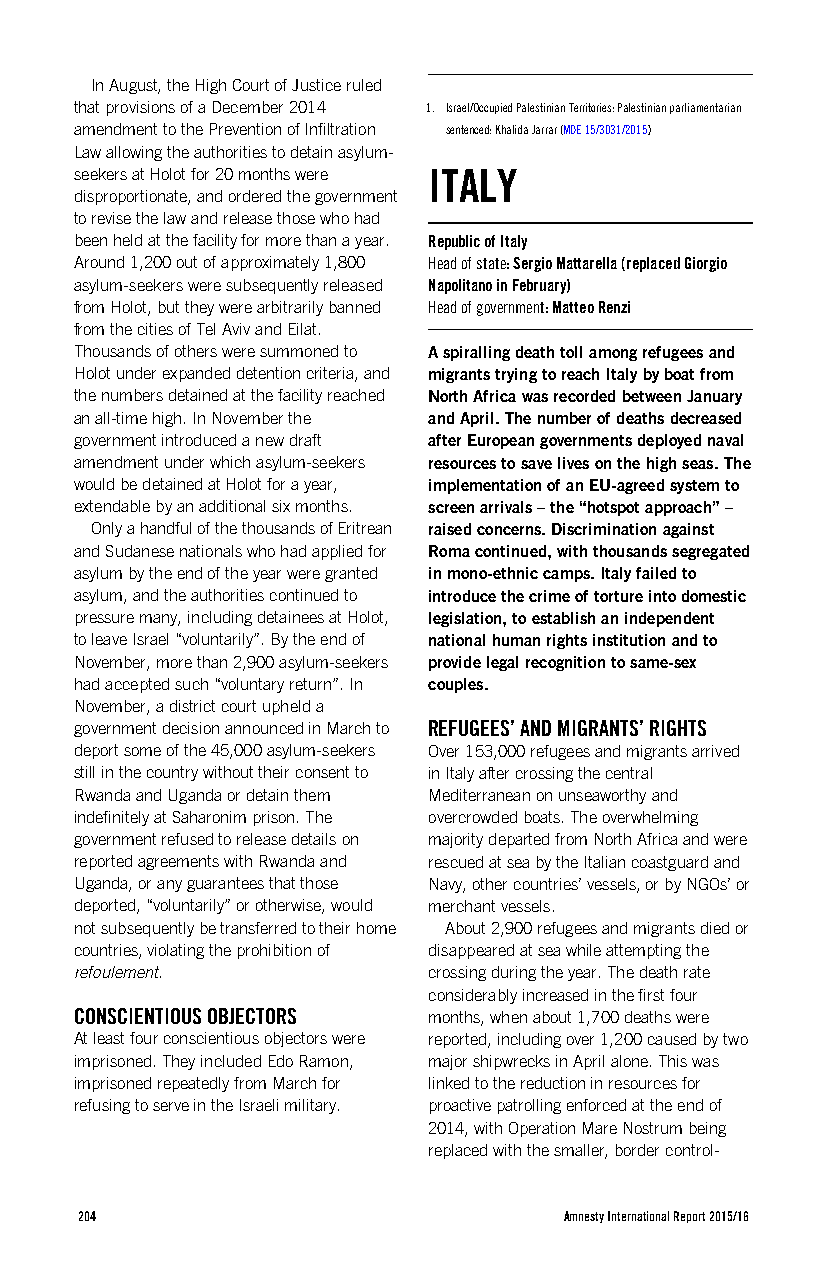
In August, the High Court of Justice ruled
 that provisions of a December 2014 1. Israel/Occupied Palestinian Territories: Palestinian parliamentarian
 amendment to the Prevention of Infiltration sentenced: Khalida Jarrar (MDE 15/3031/2015)
 Law allowing the authorities to detain asylum-
 seekers at Holot for 20 months were ITALY
 disproportionate, and ordered the government
 to revise the law and release those who had
 been held at the facility for more than a year. Republic of Italy
 Around 1,200 out of approximately 1,800 Head of state: Sergio Mattarella (replaced Giorgio
 asylum-seekers were subsequently released Napolitano in February)
 from Holot, but they were arbitrarily banned Head of government: Matteo Renzi
 from the cities of Tel Aviv and Eilat.
 Thousands of others were summoned to A spiralling death toll among refugees and
 Holot under expanded detention criteria, and migrants trying to reach Italy by boat from
 the numbers detained at the facility reached North Africa was recorded between January
 an all-time high. In November the and April. The number of deaths decreased
 government introduced a new draft after European governments deployed naval
 amendment under which asylum-seekers resources to save lives on the high seas. The
 would be detained at Holot for a year, implementation of an EU-agreed system to
 extendable by an additional six months. screen arrivals – the “hotspot approach” –
 Only a handful of the thousands of Eritrean raised concerns. Discrimination against
 and Sudanese nationals who had applied for Roma continued, with thousands segregated
 asylum by the end of the year were granted in mono-ethnic camps. Italy failed to
 asylum, and the authorities continued to introduce the crime of torture into domestic
 pressure many, including detainees at Holot, legislation, to establish an independent
 to leave Israel “voluntarily”. By the end of national human rights institution and to
 November, more than 2,900 asylum-seekers provide legal recognition to same-sex
 had accepted such “voluntary return”. In couples.
 November, a district court upheld a
 government decision announced in March to REFUGEES’ AND MIGRANTS’ RIGHTS
 deport some of the 45,000 asylum-seekers Over 153,000 refugees and migrants arrived
 still in the country without their consent to in Italy after crossing the central
 Rwanda and Uganda or detain them Mediterranean on unseaworthy and
 indefinitely at Saharonim prison. The overcrowded boats. The overwhelming
 government refused to release details on majority departed from North Africa and were
 reported agreements with Rwanda and rescued at sea by the Italian coastguard and
 Uganda, or any guarantees that those Navy, other countries’ vessels, or by NGOs’ or
 deported, “voluntarily” or otherwise, would merchant vessels.
 not subsequently be transferred to their home About 2,900 refugees and migrants died or
 countries, violating the prohibition of disappeared at sea while attempting the
 refoulement.           crossing during the year. The death rate
 considerably increased in the first four
 CONSCIENTIOUS OBJECTORS months, when about 1,700 deaths were
 At least four conscientious objectors were reported, including over 1,200 caused by two
 imprisoned. They included Edo Ramon, major shipwrecks in April alone. This was
 imprisoned repeatedly from March for linked to the reduction in resources for
 refusing to serve in the Israeli military. proactive patrolling enforced at the end of
 2014, with Operation Mare Nostrum being
 replaced with the smaller, border control-
 204                             Amnesty International Report 2015/16